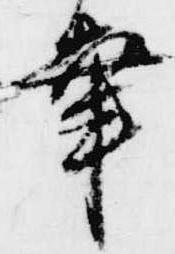
幸